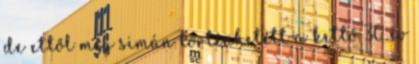
de ettől még simán történhetett a kettő 30 év